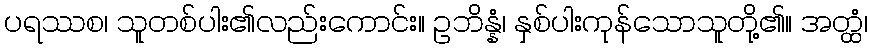
ပရဿစ၊ သူတစ်ပါး၏လည်းကောင်း။ ဥဘိန္နံ၊ နှစ်ပါးကုန်သောသူတို့၏။ အတ္ထံ၊